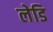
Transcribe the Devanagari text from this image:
लेडि